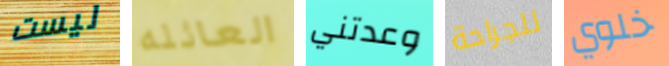
ليست العائله وعدتني للجراحة خلوي